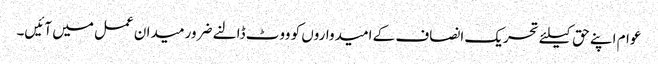
عوام اپنے حق کیلئے تحریک انصاف کے امیدواروں کو ووٹ ڈالنے ضرور میدان عمل میں آئیں۔